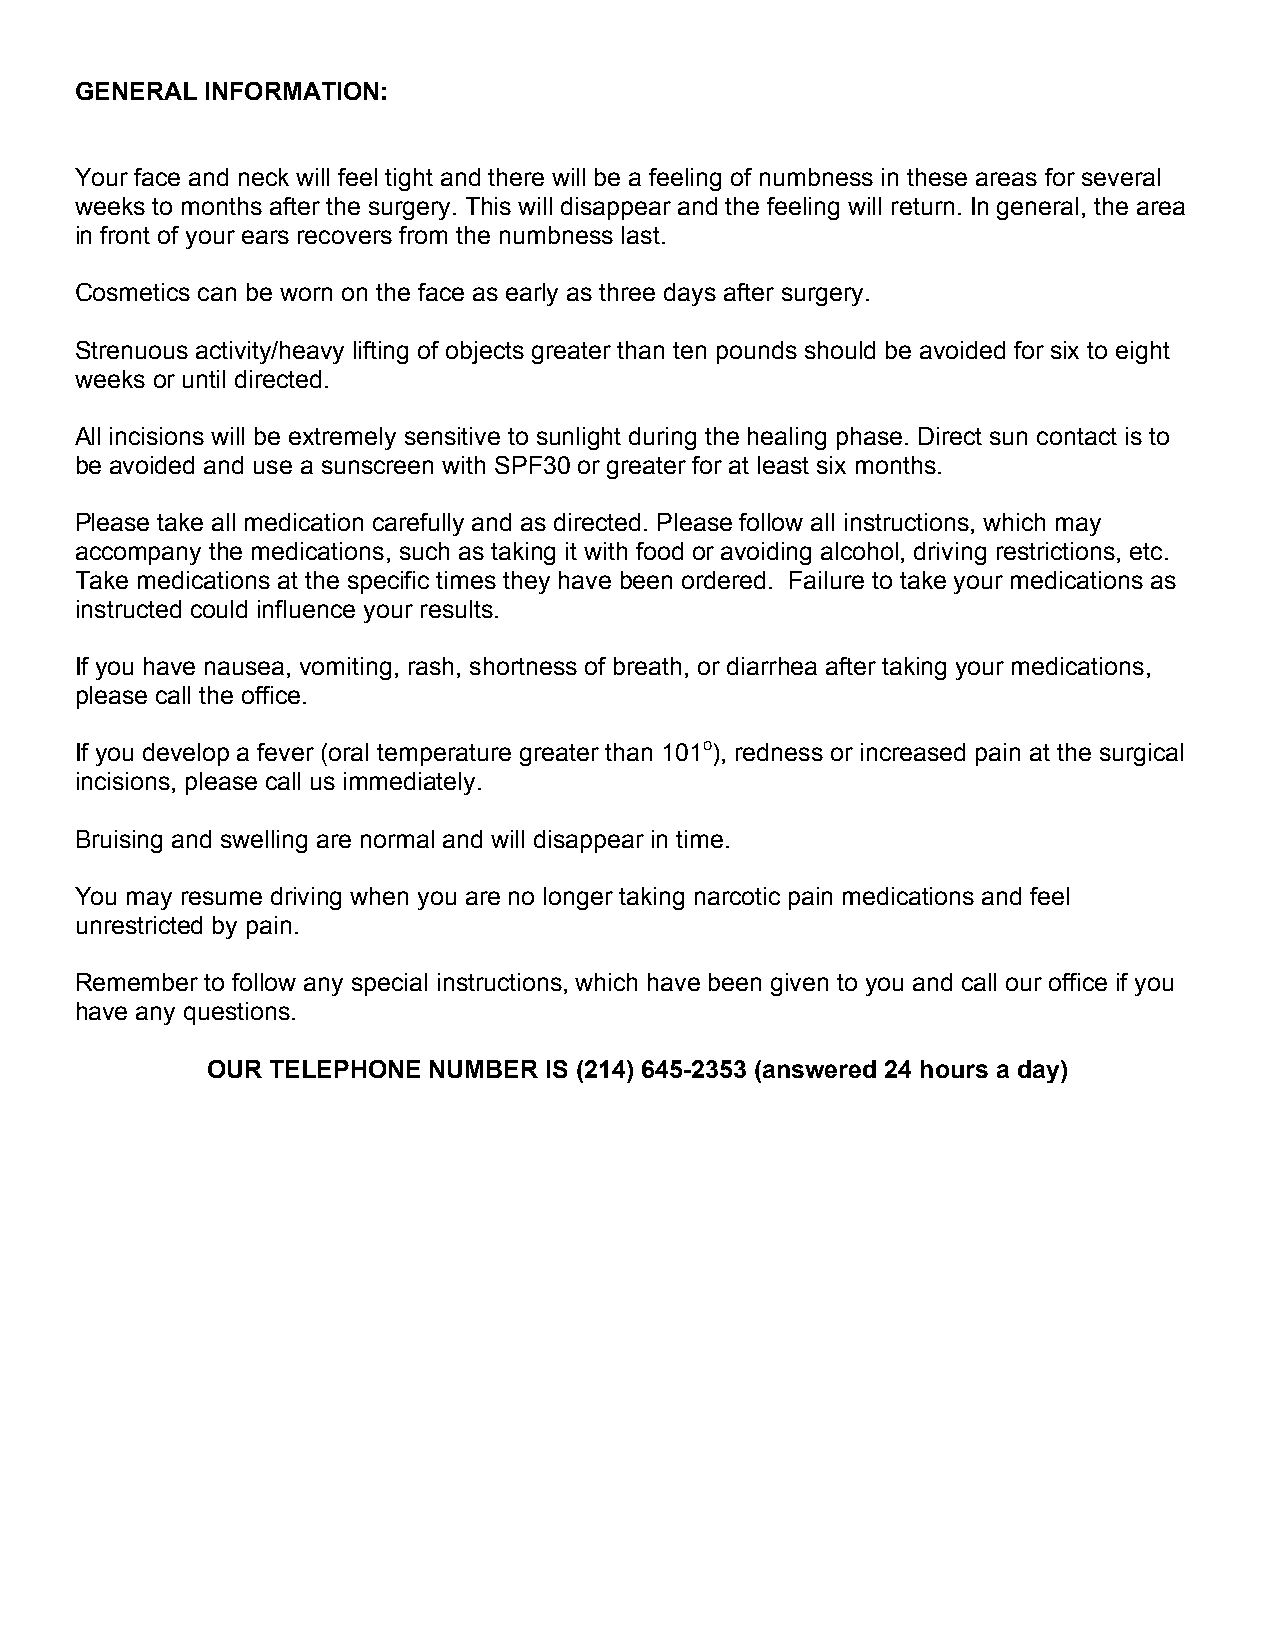
GENERAL  INFORMATION:
 Your face and neck will feel tight and there will be a feeling of numbness in these areas for several
 weeks to months after the surgery. This will disappear and the feeling will return. In general, the area
 in front of your ears recovers from the numbness last.
 Cosmetics can be worn on the face as early as three days after surgery.
 Strenuous activity/heavy lifting of objects greater than ten pounds should be avoided for six to eight
 weeks or until directed.
 All incisions will be extremely sensitive to sunlight during the healing phase. Direct sun contact is to
 be avoided and use a sunscreen with SPF30 or greater for at least six months.
 Please take all medication carefully and as directed. Please follow all instructions, which may
 accompany the medications, such as taking it with food or avoiding alcohol, driving restrictions, etc.
 Take medications at the specific times they have been ordered. Failure to take your medications as
 instructed could influence your results.
 If you have nausea, vomiting, rash, shortness of breath, or diarrhea after taking your medications,
 please call the office.
 If you develop a fever (oral temperature greater than 101o), redness or increased pain at the surgical
 incisions, please call us immediately.
 Bruising and swelling are normal and will disappear in time.
 You may resume driving when you are no longer taking narcotic pain medications and feel
 unrestricted by pain.
 Remember to follow any special instructions, which have been given to you and call our office if you
 have any questions.
 OUR TELEPHONE NUMBER  IS (214) 645-2353 (answered 24 hours a day)